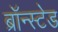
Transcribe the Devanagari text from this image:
ब्रॉन्स्टेड